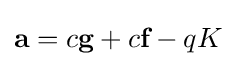
{\textbf {a}}=c{\textbf {g}}+c{\textbf {f}}-qK